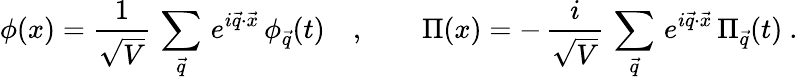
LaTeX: \phi(x)={\frac{1}{\sqrt{V}}}\, \sum_{\vec{q}}\, e^{i\vec{q}\cdot\vec{x}}\, \phi_{\vec{q}}(t)\quad,\qquad\Pi(x)=-\, {\frac{i}{\sqrt{V}}}\, \sum_{\vec{q}}\, e^{i\vec{q}\cdot\vec{x}}\, \Pi_{\vec{q}}(t)~.